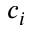
c _ { i }